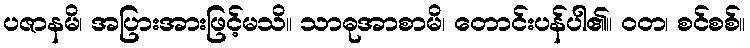
ပဇာနမိ၊ အပြားအားဖြင့်မသိ။ သာဓုအာစာမိ၊ တောင်းပန်ပါ၏။ ဝတ၊ စင်စစ်။